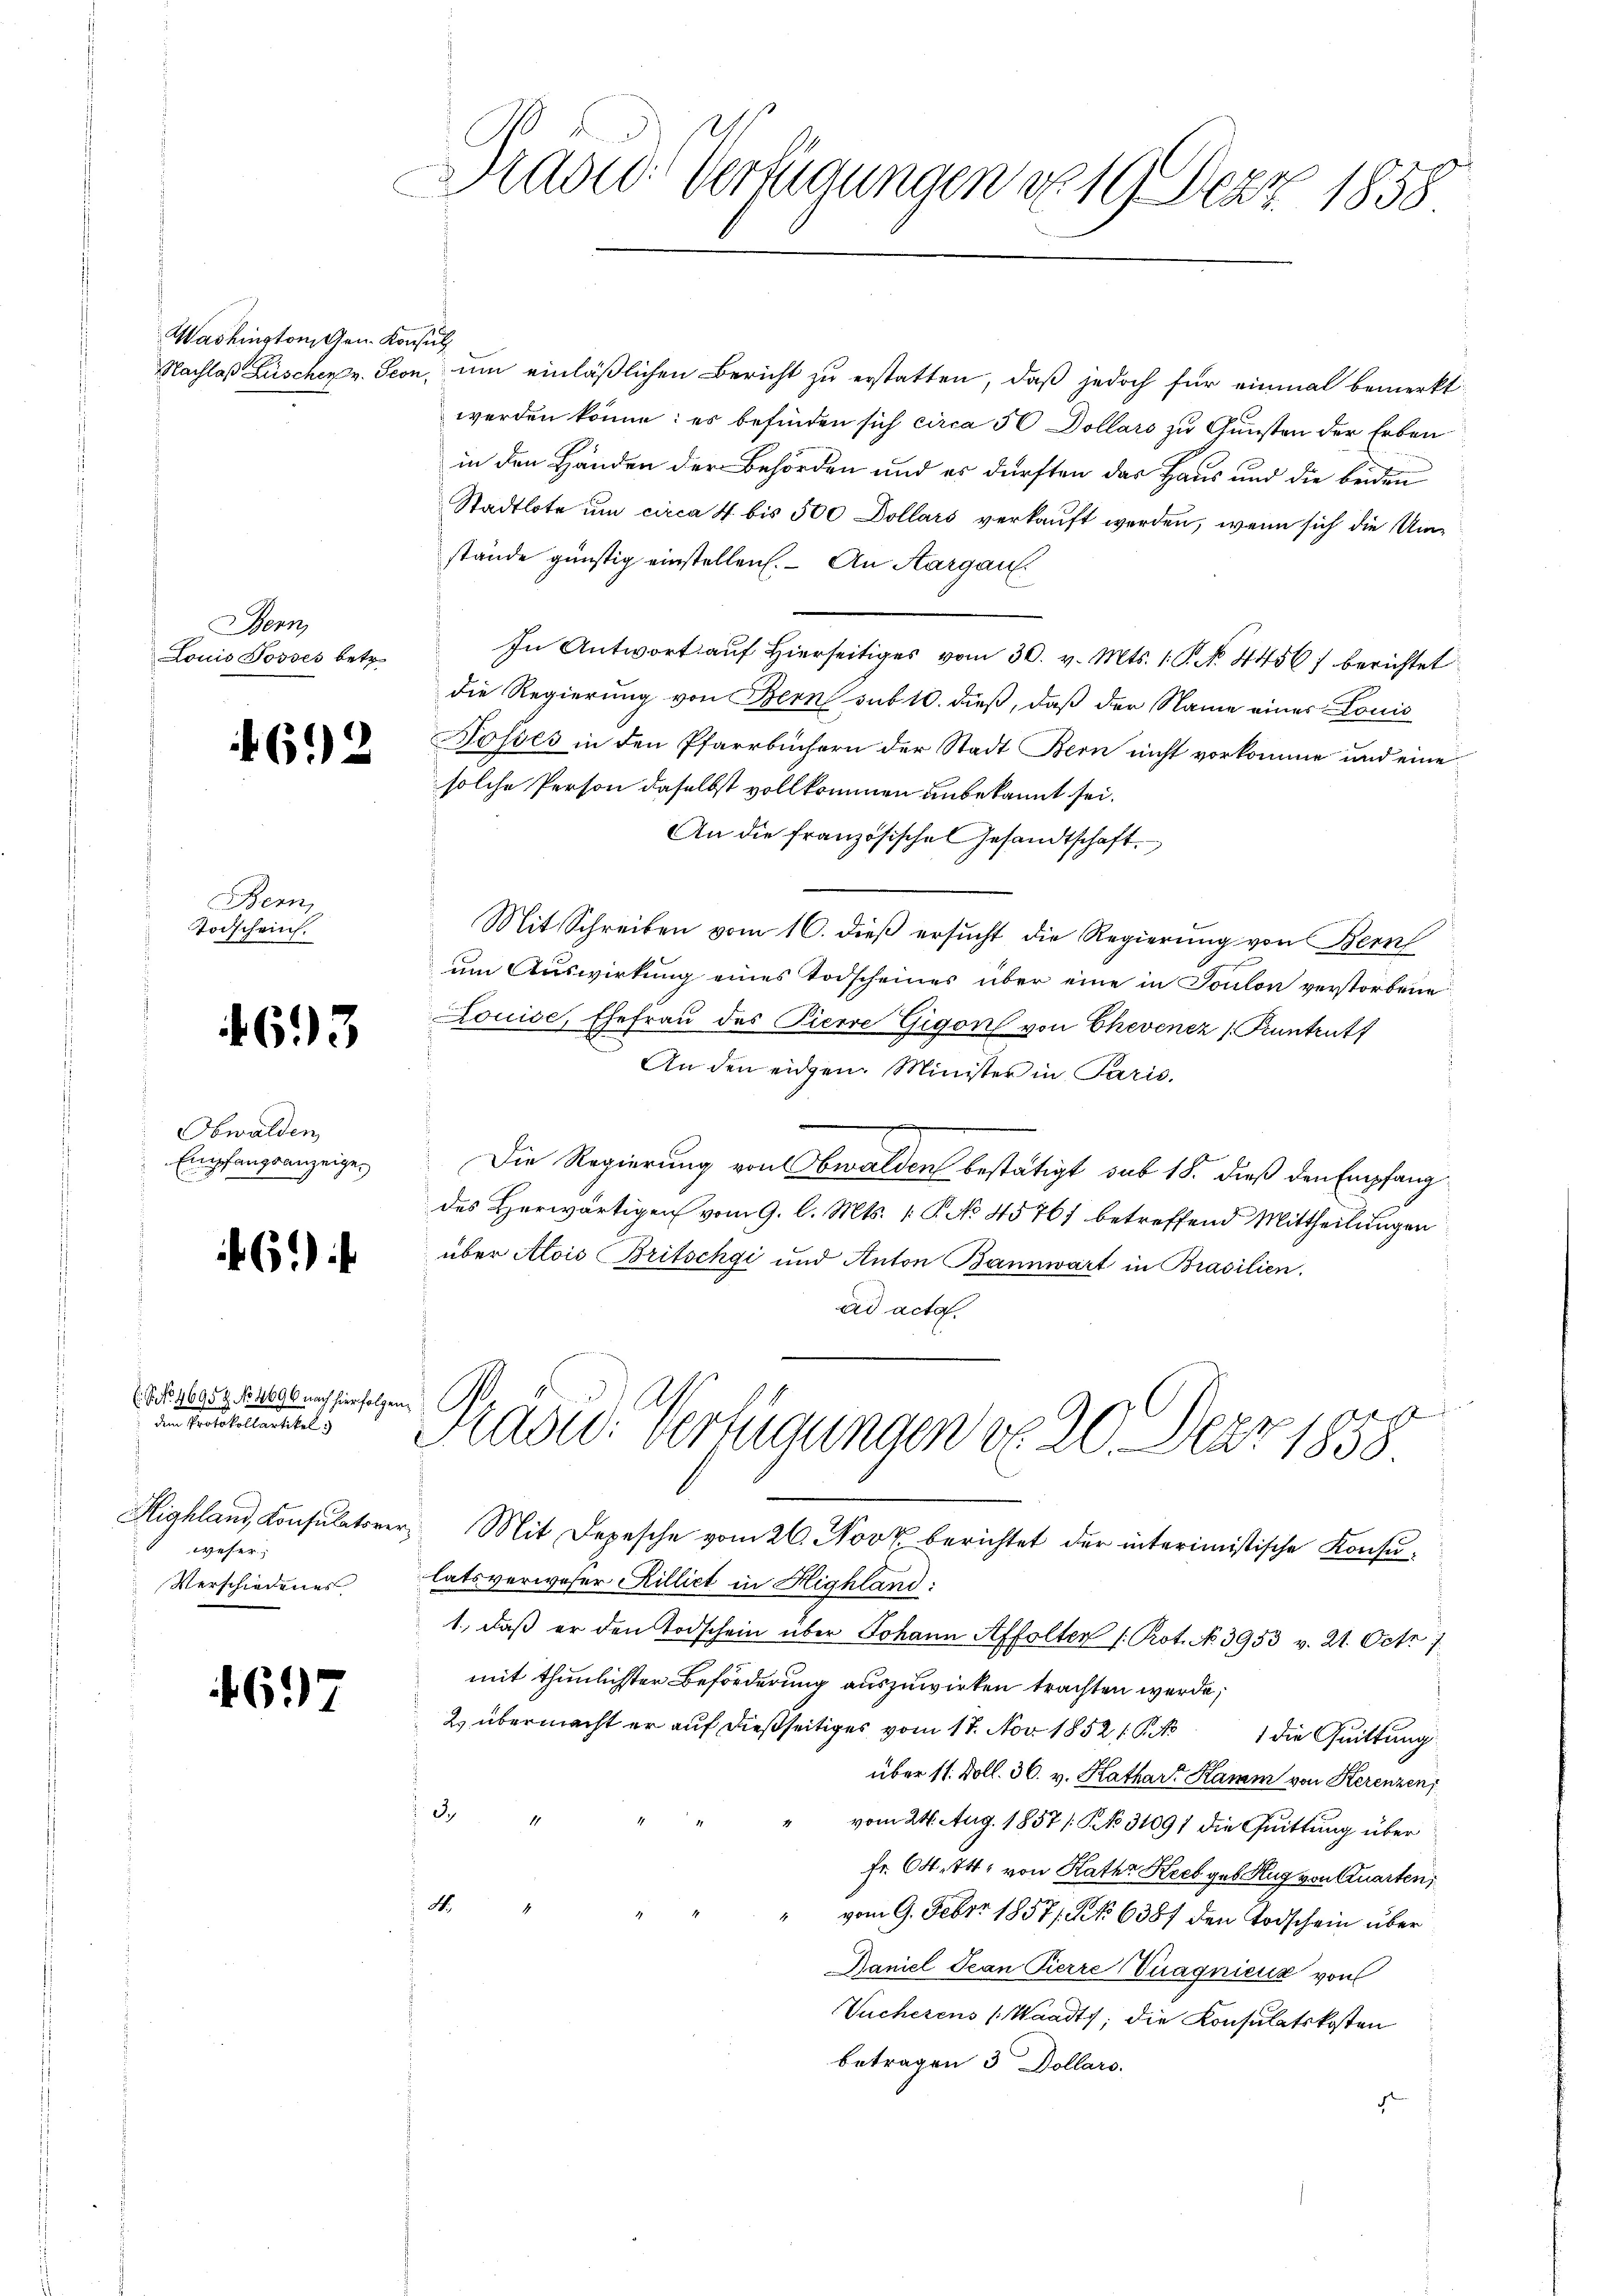
Washington Gen. Konsul

Bern,
Louis Posses betr.

6.2

Bern,
Todschein.

1693

Obwalden
Empfangsanzeige.

6.)

E.P. No 46952 No 1696 nach hierfolgen
n es halten stel
Highland Konsulatorer
weser
Verschiedenes

697

ad: Verzugungen No 19. Dez. 1858.

Nachlaß Lüschen v. Seon, um einläßlichen Bericht zu erstatten, daß jedoch für einmal bemerkt:
werden könne; es befinden sich circa 30 Dollars zu Gunsten der Erben
in den Händen der Behörden und es dürften das Haus und die beiden
Stadtlote um circa 4 bis 500 Dollars verkauft werden, wenn sich die Umstände günstig einstellen. – An Aargau.
In Antwort auf hierseitiges vom 30. v. Mts. 1. P. N. 4456) berichtet
die Regierung von Bern sub 10. dieß, daß der Name eines Louis
Sosses in den Pfarrbüchern der Stadt Bern nicht vorkomme und eine
solche Person daselbst vollkommen unbekannt sei.
An die französische Gesandtschaft
Mit Schreiben vom 16. dieß ersucht die Regierung von Bern
um Auswirkung eines Todscheines über eine in Toulon verstorbene
Louise, Ehefrau des Pierre Gigon von Chevenez (Tuntrutt
An den eidgen. Minister in Paris.
g
Die Regierung von Obwalden bestätigt, sub 18. dieß den Empfangdes Herwärtigen vom 9. l. Mts. 1 P. No 45767 betreffend Mittheilungen
über Alois Britschgi und Anton Bannwart in Brasilien.
und acta.
Präsid. Verfügungen d. 20. Der 1858.
 Mit Depesche vom 26. Novk berichtet der interimistische Konsulatsverweser Rilliet in Highland:
1., daß er den Todschein über Johann Affolten /: Rot. No 3953 v. 21. Oct. 7
mit thunlichter Beförderung auszuwirken trachten werde;
2) übermacht er auf dießseitiges vom 17. Nov. 1852 1 S. 1 die Quittung
über 11. Doll. 36. v. Kathar Kamm von Kerenzen
3.
11
vom 24. Aug. 1857 / NNo. 31091 die Quittung über
Fr. 64. 74, von Kathr Kreb geb. Zug von Quarten,
A.
vom 9. Febr. 1857. No 6387 den Todschein über
Baniel Tean Pierre Vuagnieur von
Vucherens (Waadt, die Konsulatskosten
betragen 3 Dollars.
d